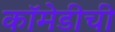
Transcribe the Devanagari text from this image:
कॉमेडीची